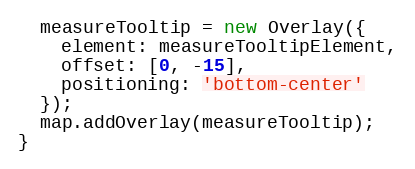
Language: JavaScript
  measureTooltip = new Overlay({
    element: measureTooltipElement,
    offset: [0, -15],
    positioning: 'bottom-center'
  });
  map.addOverlay(measureTooltip);
}